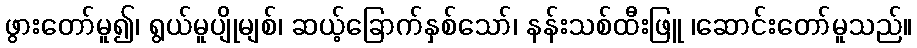
ဖွားတော်မူ၍၊ ရွယ်မူပျိုမျစ်၊ ဆယ့်ခြောက်နှစ်သော်၊ နန်းသစ်ထီးဖြူ ၊ဆောင်းတော်မူသည်။